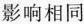
影响相同